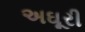
અઘૂરી